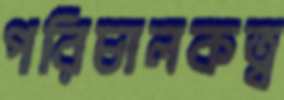
পরিচালকত্ব